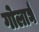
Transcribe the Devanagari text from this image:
गोलार्घ